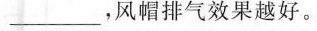
___，风帽排气效果越好。